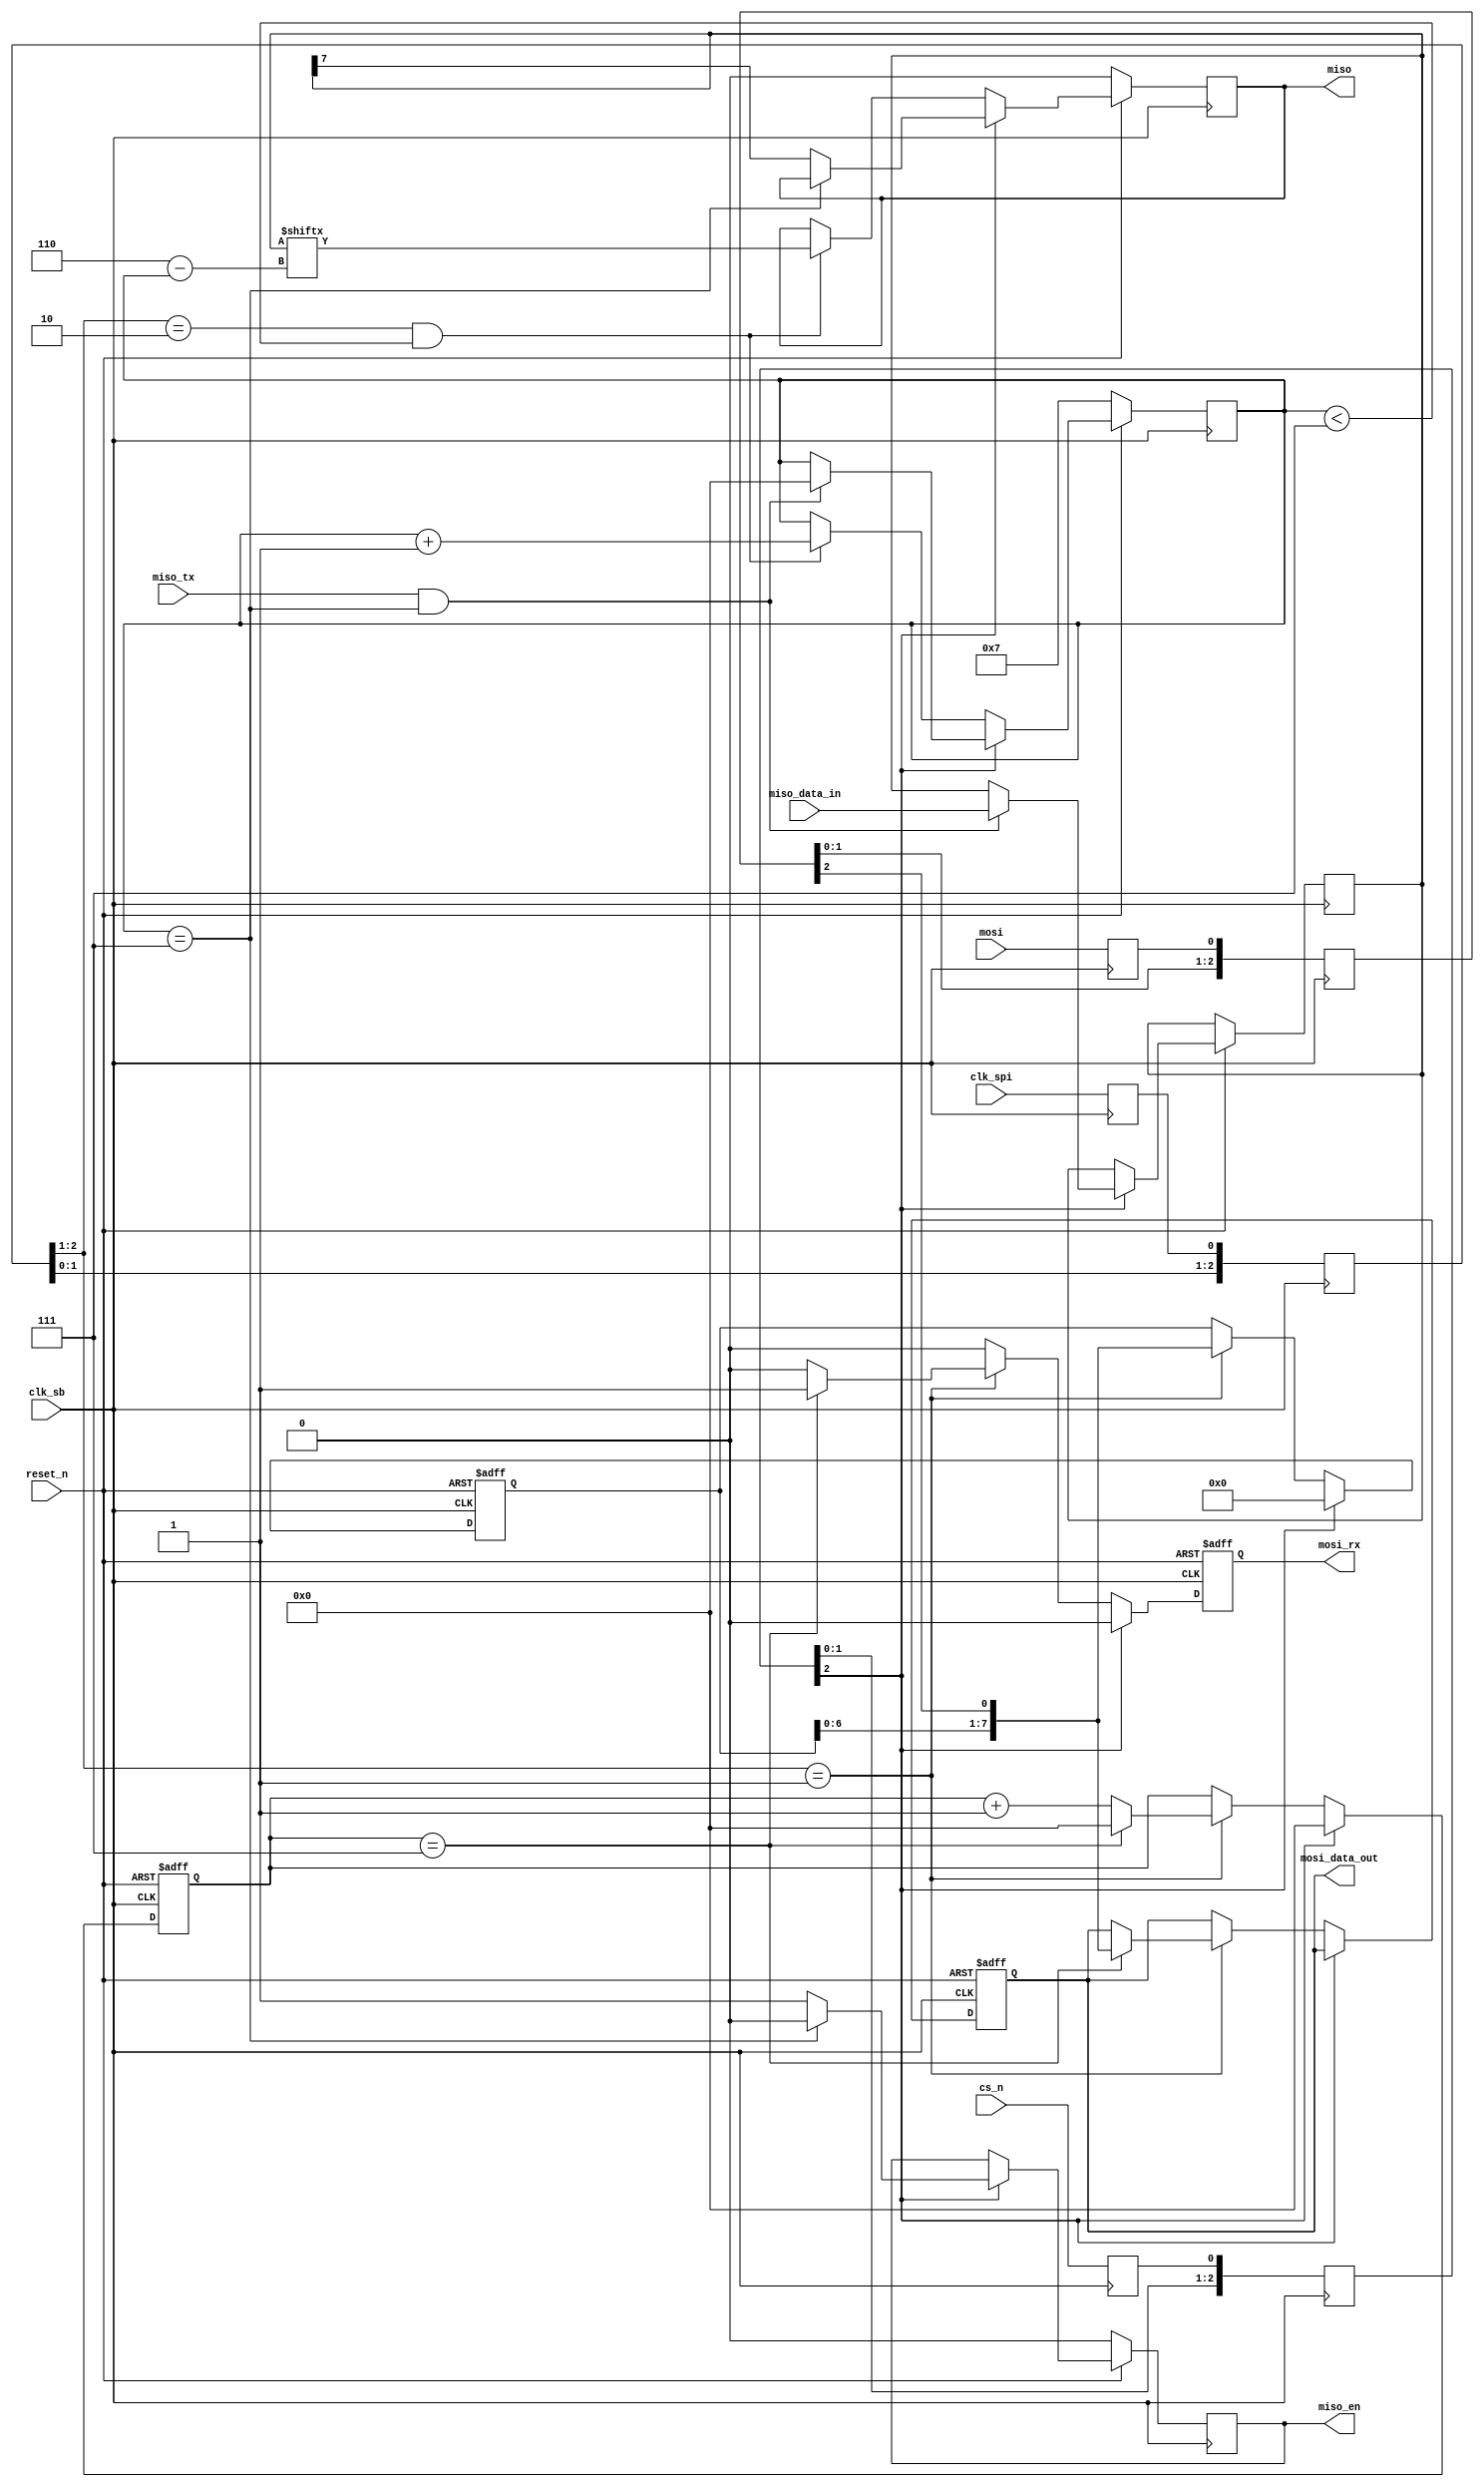
//spi_slave.v

module spi_slave(
	input reset_n,
	input clk_sb,
	input clk_spi,
	input mosi,
	output reg miso,
	input cs_n,
	
	input miso_tx,
	input wire [7:0] miso_data_in,
	output reg miso_en,
	
	output reg mosi_rx,
	output reg [7:0] mosi_data_out
);

//Configure SPI Clock polarity and phase
localparam CPOL = 0;
localparam CPHA = 0;

//Clock Buffer for edge trigger detection
reg [2:0] clk;
reg clk_meta;
wire clk_neg;
wire clk_pos;

//Declare clocks configured with CPOL and CPHA
always @(posedge clk_sb) clk_meta <= clk_spi;
always @(posedge clk_sb) clk <= {clk[1], clk[0], clk_meta};
assign clk_pos = ((clk[2:1] == 2'b01) && ((CPOL == 0) || (CPOL == 3))) || ((clk == 2'b10) && ((CPOL == 1) || (CPOL == 2)));
assign clk_neg = ((clk[2:1] == 2'b10) && ((CPOL == 0) || (CPOL == 3))) || ((clk == 2'b01) && ((CPOL == 1) || (CPOL == 2)));

//Input data buffer due to clock buffer
reg [2:0] mosi_buffer;
reg mosi_meta;
always @(posedge clk_sb) mosi_meta <= mosi;
always @(posedge clk_sb) mosi_buffer <= {mosi_buffer[1], mosi_buffer[0], mosi_meta};

//Input cs_n buffer
reg [2:0] cs_n_buffer;
reg cs_n_meta;
always @(posedge clk_sb) cs_n_meta <= cs_n;
always @(posedge clk_sb) cs_n_buffer <= {cs_n_buffer[1], cs_n_buffer[0], cs_n_meta};

//Handle SPI in 24-bits format, so we need a 5 bits counter to count the bits as they come in
reg [4:0] bitcnt_rx;
reg [4:0] bitcnt_tx;

//Declare 24-bit data buffers
reg [7:0] miso_data_out;
reg [7:0] mosi_data_in;

//Implement SPI_RX
always @(posedge clk_sb or negedge reset_n)
begin
	if(~reset_n)
	begin
		bitcnt_rx <= 5'd0;
		mosi_data_in <= 8'd0;
		mosi_rx <= 1'b0;
		mosi_data_out <= 8'd0;
	end
	else
	begin
		if(cs_n_buffer[2])
		begin
			bitcnt_rx <= 5'd0;
			mosi_data_in <= 8'd0;
			mosi_rx <= 1'b0;
		end
		else begin
			if(clk_pos) begin
				if(bitcnt_rx == 5'd7) begin
					bitcnt_rx <= 0;
					mosi_data_out <= {mosi_data_in[6:0], mosi_buffer[2]};
					mosi_rx <= 1'b1;
				end
				else begin
					bitcnt_rx <= bitcnt_rx + 5'd1;
					mosi_rx <= 1'b0;
				end

				//Implement left-shift MSB register with buffered miso input(previous value)
				mosi_data_in <= {mosi_data_in[6:0], mosi_buffer[2]};
			end
			else begin
				mosi_rx <= 1'b0;
				mosi_data_in <= mosi_data_in;
			end
		end
	end
end

//Implement SPI_TX
always @(posedge clk_sb)
begin
	if(~reset_n)
	begin
		bitcnt_tx <= 5'd7;
		miso <= 1'b0; 		//miso <= 1'bz; //ICE40UL products do not have tristate capabilities
		miso_en <= 1'b0;	//Use SB_IO_OD primitive with 
	end
	else
	begin
		if(cs_n_buffer[2])
		begin
			if(miso_tx && (bitcnt_tx == 5'd7))
			begin
				bitcnt_tx <= 5'd0;
				miso_data_out <= miso_data_in;
			end
			
			if(bitcnt_tx == 5'd7)
			begin
				miso_en <= 1'b0;
			end
			else
			begin
				miso <= miso_data_out[5'd7];
				miso_en <= 1'b1;
			end
		end
		else if(clk_neg && (bitcnt_tx < 5'd7))
		begin
			bitcnt_tx <= bitcnt_tx + 5'd1;
			
			miso <= miso_data_out[5'd6 - bitcnt_tx];
		end
	end
end

endmodule